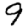
Digit: 9